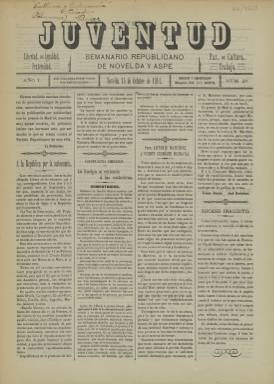
Título: Juventud (Aspe)
Colección: Periódicos
Ámbito geográfico: Alicante
Lugar de publicación: Aspe [Alicante]
Fechas: 14/10/1911-14/10/1911